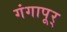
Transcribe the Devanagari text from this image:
गंगापूर्